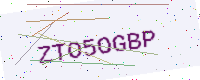
Text: ZTO5OGBP